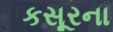
કસૂરના